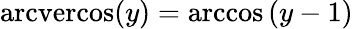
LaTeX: \operatorname{arcvercos}(y)=\operatorname{arccos}\left(y-1\right)